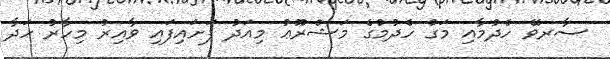
ސާރވޭ ހެދުމާއި މަގު ހެދުމުގެ މަޝްރޫޢު މިއަދު ފަށައިފައި ވާއިރު މިހާރު ހަދާ